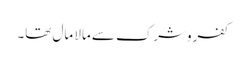
کفروشرک سے مالا مال تھا۔